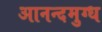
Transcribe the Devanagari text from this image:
आनन्दमुग्ध